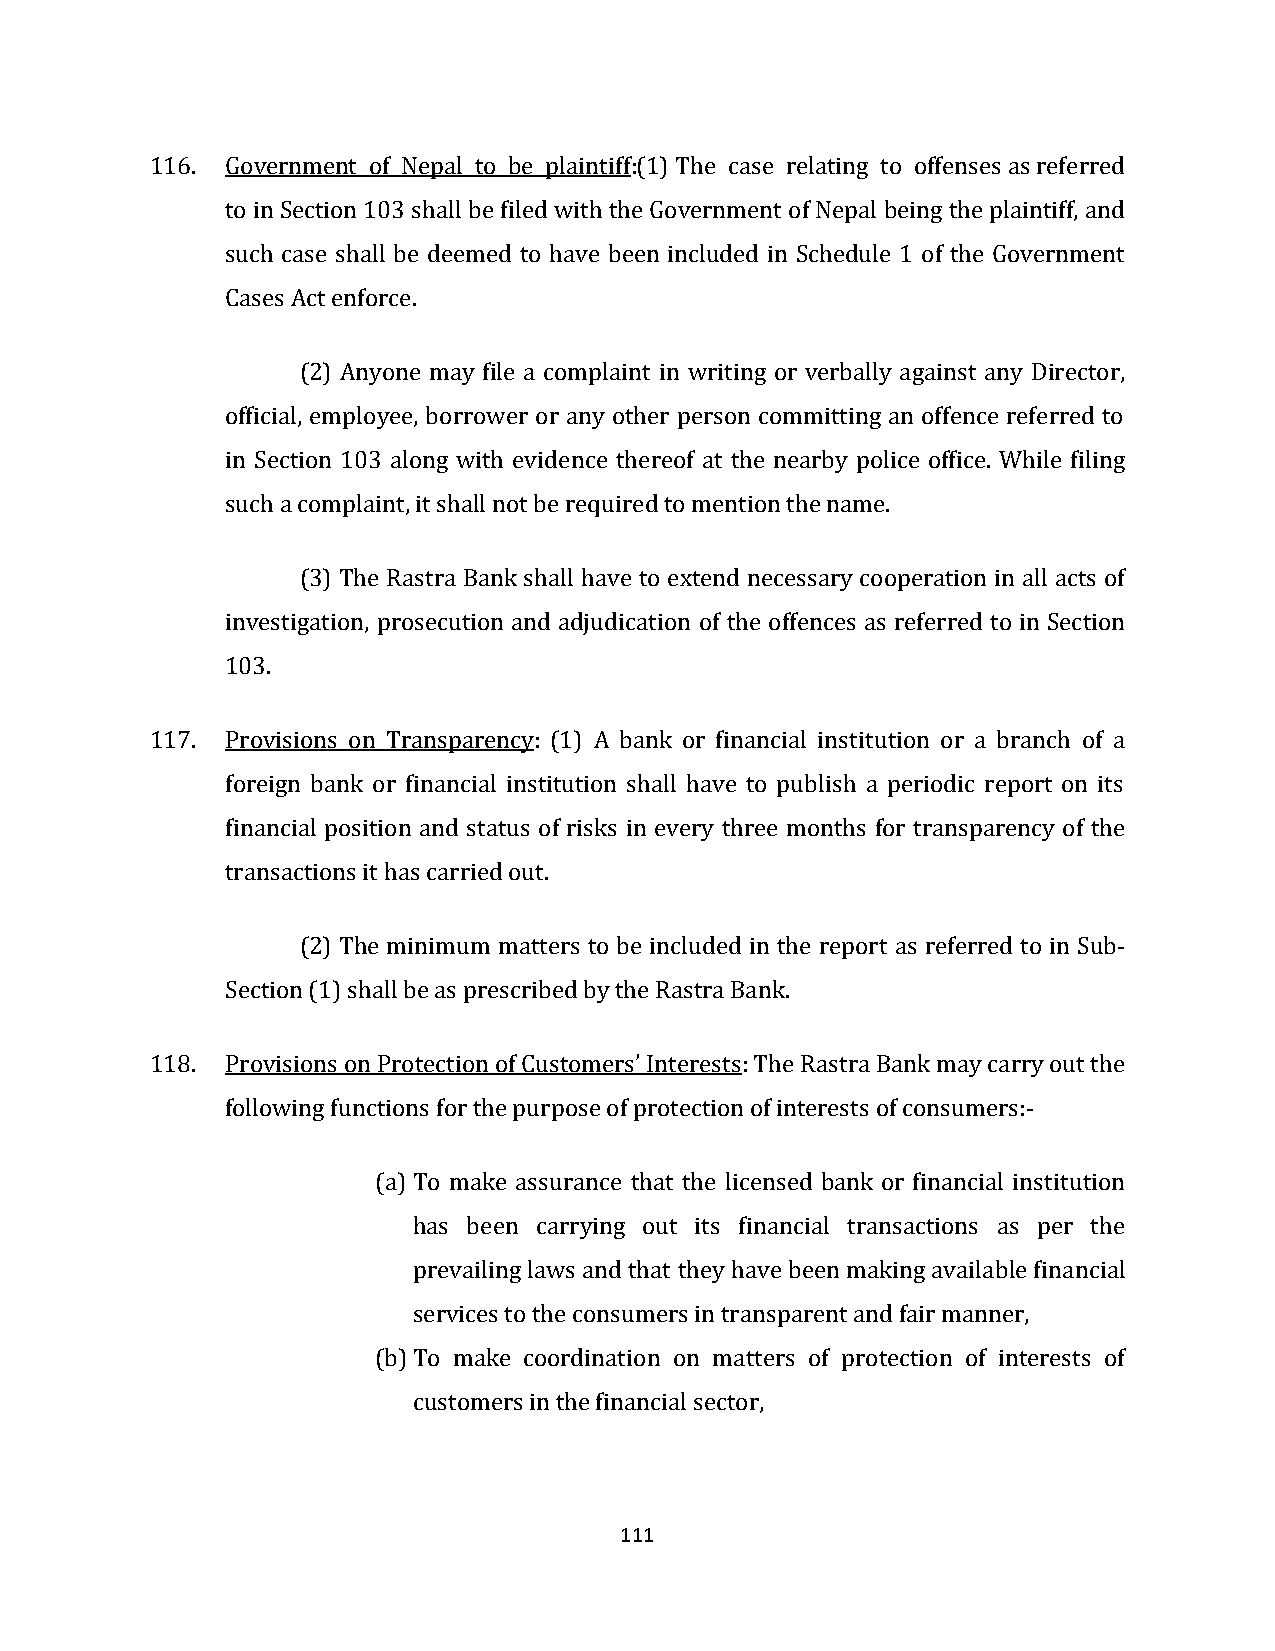
116. Government of Nepal to be plaintiff:(1) The case relating to offenses as referred
 to in Section 103 shall be filed with the Government of Nepal being the plaintiff, and
 such case shall be deemed to have been included in Schedule 1 of the Government
 Cases Act enforce.
 (2) Anyone may file a complaint in writing or verbally against any Director,
 official, employee, borrower or any other person committing an offence referred to
 in Section 103 along with evidence thereof at the nearby police office. While filing
 such a complaint, it shall not be required to mention the name.
 (3) The Rastra Bank shall have to extend necessary cooperation in all acts of
 investigation, prosecution and adjudication of the offences as referred to in Section
 103.
 117. Provisions on Transparency: (1) A bank or financial institution or a branch of a
 foreign bank or financial institution shall have to publish a periodic report on its
 financial position and status of risks in every three months for transparency of the
 transactions it has carried out.
 (2) The minimum matters to be included in the report as referred to in Sub-
 Section (1) shall be as prescribed by the Rastra Bank.
 118. Provisions on Protection of Customers’ Interests: The Rastra Bank may carry out the
 following functions for the purpose of protection of interests of consumers:-
 (a) To make assurance that the licensed bank or financial institution
 has been carrying out its financial transactions as per the
 prevailing laws and that they have been making available financial
 services to the consumers in transparent and fair manner,
 (b) To make coordination on matters of protection of interests of
 customers in the financial sector,
 111